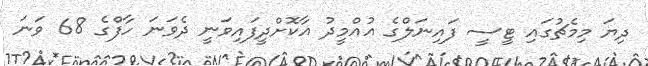
ދިޔަ މިމެޗުގައި ޓީސީ ފައިނަލްގެ އުއްމީދު އާކޮށްދީފައިވަނީ ދެވަނަ ހާފްގެ 68 ވަނަ